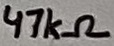
Text: 47kΩ